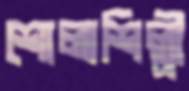
শোলাশিল্পী